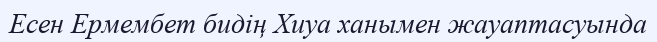
Есен Ермембет бидің Хиуа ханымен жауаптасуында